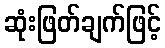
ဆုံးဖြတ်ချက်ဖြင့်